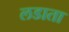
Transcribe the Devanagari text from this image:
लडाता